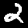
Label: 2